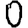
Digit: 0